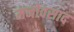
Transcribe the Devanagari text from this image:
मनोवसाद